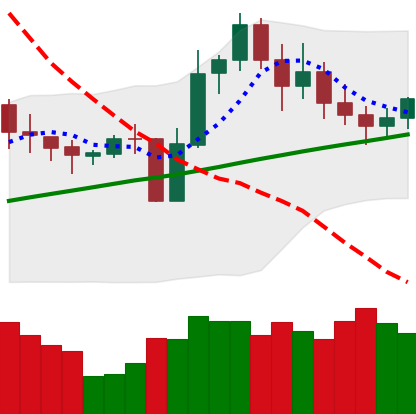
Ticker: LINK-USD
Chart end date: 2020-11-01
Forward return: 5.04%
Label: up_5_7